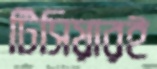
টিসিয়ারই